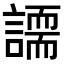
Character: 𧬐